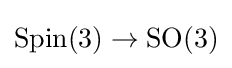
\operatorname {Spin} (3)\to \operatorname {SO} (3)